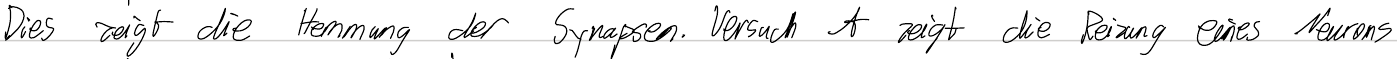
Dies zeigt die Hemmung der Synapsen. Versuch A zeigt die Reizung eines Neurons